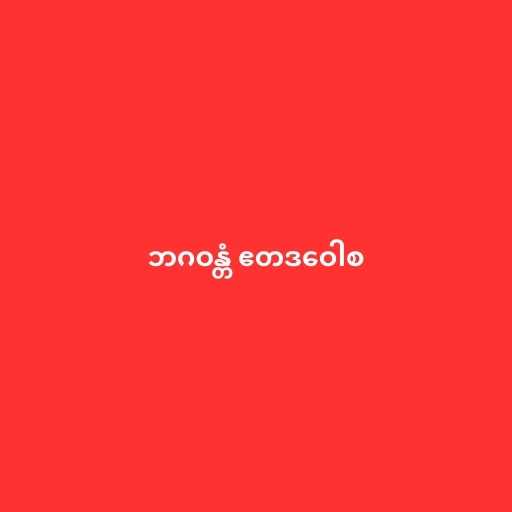
ဘဂဝန္တံ ဧတဒဝေါစ